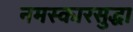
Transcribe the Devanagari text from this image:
नमस्कारसुद्धा